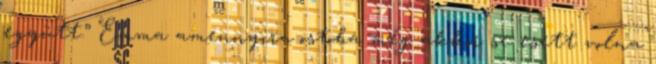
együtt.” Emma amennyira ostoba még akkor se esett volna